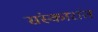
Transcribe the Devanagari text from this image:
संस्कारांत